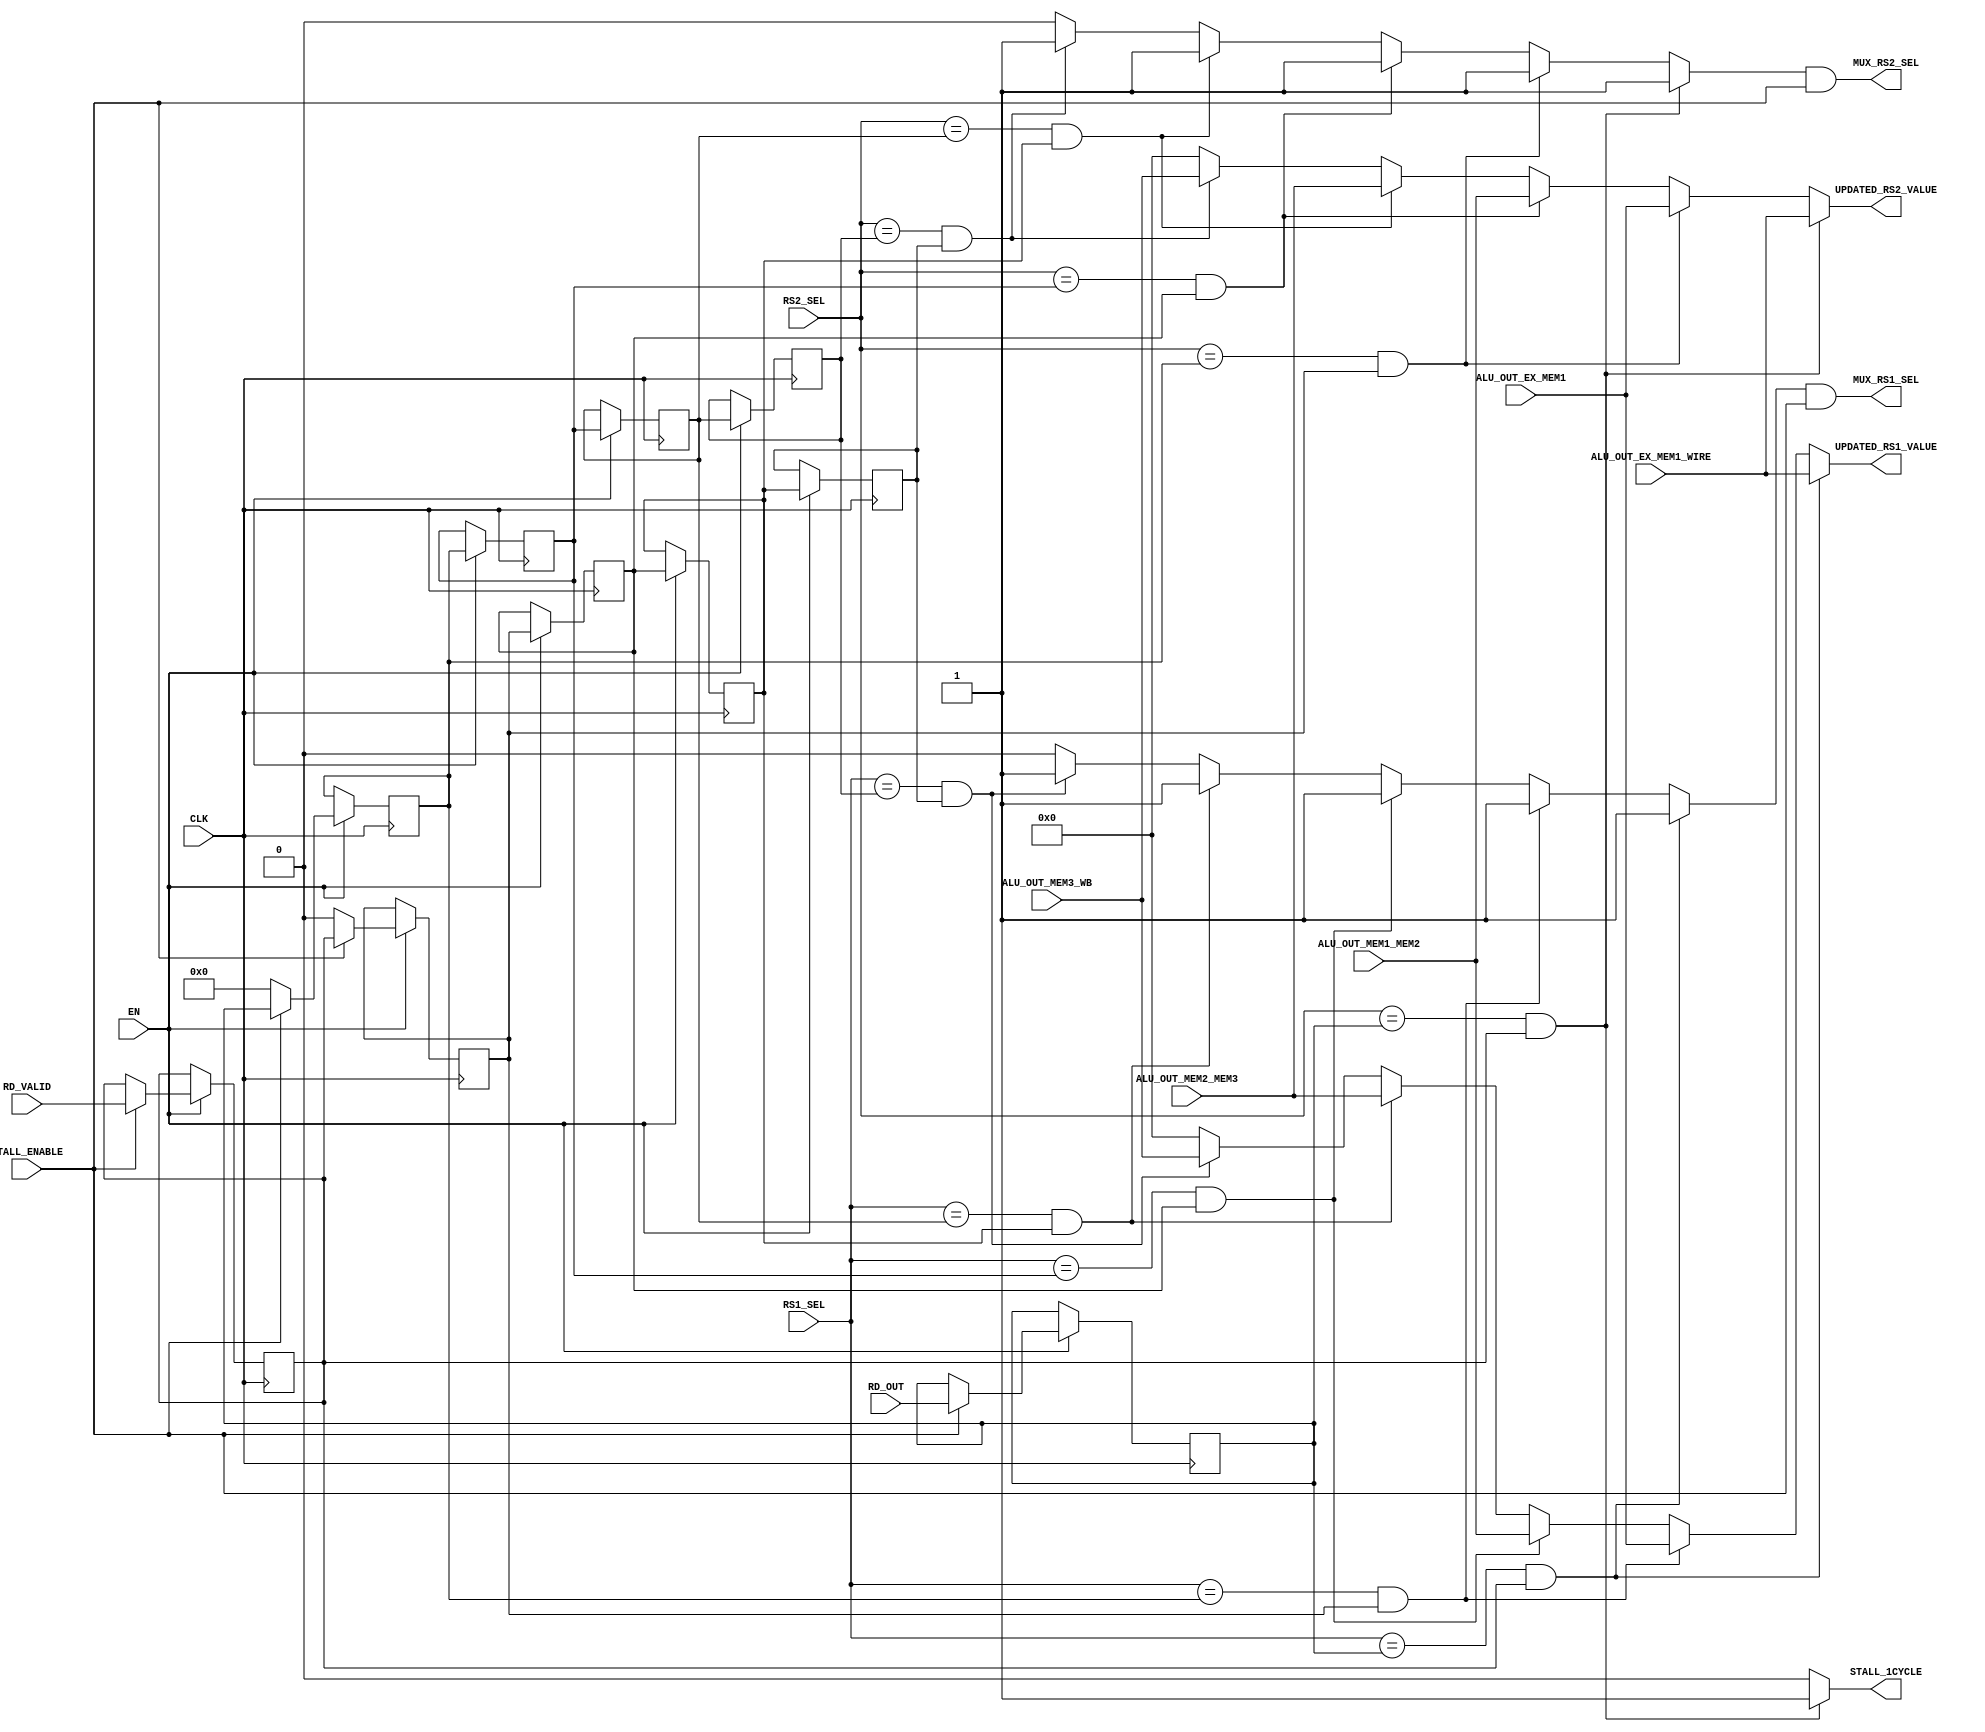
`timescale 1ns / 1ps
//////////////////////////////////////////////////////////////////////////////////
// Company: 
// 
// Design Name: 
// Module Name: FEEDBACK_CONTROLE
// Project Name: 
// Target Devices: 
// Tool Versions: 
// Description: 
// 
// Dependencies: 
// 
// Revision:
// Revision 0.01 - File Created
// Additional Comments:
// 
//////////////////////////////////////////////////////////////////////////////////


module FEEDBACK_CONTROLE(
    input [4:0] RS1_SEL,
    input [4:0] RS2_SEL,
    input   EN,
    input   STALL_ENABLE,
    input RD_VALID,
    input [4:0] RD_OUT,
    input CLK,
    input [31:0] ALU_OUT_EX_MEM1_WIRE,
    input [31:0] ALU_OUT_EX_MEM1,
    input [31:0] ALU_OUT_MEM1_MEM2,
    input [31:0] ALU_OUT_MEM2_MEM3,
    input [31:0] ALU_OUT_MEM3_WB,
    output [31:0]UPDATED_RS1_VALUE,
    output [31:0]UPDATED_RS2_VALUE,
    output MUX_RS1_SEL,
    output MUX_RS2_SEL,
    output STALL_1CYCLE
    );
    
    reg [31:0]UPDATED_RS1_VALUE_L;
    reg [31:0]UPDATED_RS2_VALUE_L;
    reg MUX_RS1_SEL_L; 
    reg MUX_RS2_SEL_L; 
    
    reg [4:0] RD_SHIFTREG [4:0];
    reg       RD_WB_VALID_SHIFTREG [4:0];
    reg       STALL_1CYCLE_L;
    reg FLAG;
    initial
    begin
        MUX_RS1_SEL_L = 1'b0;
        MUX_RS2_SEL_L = 1'b0;
        FLAG = 1'b0;
    end
    always@(posedge CLK)
    begin
      if(EN)
      begin
            if(STALL_ENABLE)
            begin
            
                
                RD_SHIFTREG[0] <= RD_OUT;
                RD_SHIFTREG[1] <= RD_SHIFTREG[0];
                RD_SHIFTREG[2] <= RD_SHIFTREG[1];
                RD_SHIFTREG[3] <= RD_SHIFTREG[2];
                RD_SHIFTREG[4] <= RD_SHIFTREG[3];
                
                RD_WB_VALID_SHIFTREG[0] <= RD_VALID;
                RD_WB_VALID_SHIFTREG[1] <= RD_WB_VALID_SHIFTREG[0];
                RD_WB_VALID_SHIFTREG[2] <= RD_WB_VALID_SHIFTREG[1];
                RD_WB_VALID_SHIFTREG[3] <= RD_WB_VALID_SHIFTREG[2];
                RD_WB_VALID_SHIFTREG[4] <= RD_WB_VALID_SHIFTREG[3];
            end
            else
            begin
            
                
             //   RD_SHIFTREG[0] <= 5'd0;
                RD_SHIFTREG[1] <= 5'd0;//RD_SHIFTREG[0];
                RD_SHIFTREG[2] <= RD_SHIFTREG[1];
                RD_SHIFTREG[3] <= RD_SHIFTREG[2];
                RD_SHIFTREG[4] <= RD_SHIFTREG[3];
                
        //        RD_WB_VALID_SHIFTREG[0] <= 1'b0;
                RD_WB_VALID_SHIFTREG[1] <= 1'b0;//RD_WB_VALID_SHIFTREG[0];
                RD_WB_VALID_SHIFTREG[2] <= RD_WB_VALID_SHIFTREG[1];
                RD_WB_VALID_SHIFTREG[3] <= RD_WB_VALID_SHIFTREG[2];
                RD_WB_VALID_SHIFTREG[4] <= RD_WB_VALID_SHIFTREG[3];
            end
       end
    end
    always@(*)
    begin    
        
//        if(FLAG == 1'b0)
//        begin
            if(RS1_SEL == RD_SHIFTREG[0] && RD_WB_VALID_SHIFTREG[0] == 1'b1)
            begin
                UPDATED_RS1_VALUE_L = ALU_OUT_EX_MEM1_WIRE;
                MUX_RS1_SEL_L = 1'b1;
                STALL_1CYCLE_L = 1'b1;
            end
            else 
            if(RS1_SEL == RD_SHIFTREG[1] && RD_WB_VALID_SHIFTREG[1] == 1'b1)
            begin
                UPDATED_RS1_VALUE_L = ALU_OUT_EX_MEM1;
                MUX_RS1_SEL_L = 1'b1;
                STALL_1CYCLE_L = 1'b0;
            end
            else if(RS1_SEL == RD_SHIFTREG[2] && RD_WB_VALID_SHIFTREG[2] == 1'b1)
            begin
                UPDATED_RS1_VALUE_L = ALU_OUT_MEM1_MEM2;
                MUX_RS1_SEL_L = 1'b1;
                STALL_1CYCLE_L = 1'b0;
            end
            else if(RS1_SEL == RD_SHIFTREG[3] && RD_WB_VALID_SHIFTREG[3] == 1'b1)
            begin
                UPDATED_RS1_VALUE_L = ALU_OUT_MEM2_MEM3;
                MUX_RS1_SEL_L = 1'b1;
                STALL_1CYCLE_L = 1'b0;
            end
            else if(RS1_SEL == RD_SHIFTREG[4] && RD_WB_VALID_SHIFTREG[4] == 1'b1)
            begin
                UPDATED_RS1_VALUE_L = ALU_OUT_MEM3_WB;
                MUX_RS1_SEL_L = 1'b1;
                STALL_1CYCLE_L = 1'b0;
            end
            else
            begin
                UPDATED_RS1_VALUE_L = 32'd0;
                MUX_RS1_SEL_L = 1'b0;
                STALL_1CYCLE_L = 1'b0;
            end
            
          
            if(RS2_SEL == RD_SHIFTREG[0] && RD_WB_VALID_SHIFTREG[0] == 1'b1)
            begin
                UPDATED_RS2_VALUE_L = ALU_OUT_EX_MEM1_WIRE;
                MUX_RS2_SEL_L = 1'b1;
                STALL_1CYCLE_L = 1'b1;
            end
            else 
            if(RS2_SEL == RD_SHIFTREG[1] && RD_WB_VALID_SHIFTREG[1] == 1'b1)
            begin
                UPDATED_RS2_VALUE_L = ALU_OUT_EX_MEM1;
                MUX_RS2_SEL_L = 1'b1;
                STALL_1CYCLE_L = 1'b0;
            end
            else if(RS2_SEL == RD_SHIFTREG[2] && RD_WB_VALID_SHIFTREG[2] == 1'b1)
            begin
                UPDATED_RS2_VALUE_L = ALU_OUT_MEM1_MEM2;
                MUX_RS2_SEL_L = 1'b1;
                STALL_1CYCLE_L = 1'b0;
            end
            else if(RS2_SEL == RD_SHIFTREG[3] && RD_WB_VALID_SHIFTREG[3] == 1'b1)
            begin
                UPDATED_RS2_VALUE_L = ALU_OUT_MEM2_MEM3;
                MUX_RS2_SEL_L = 1'b1;
                STALL_1CYCLE_L = 1'b0;
            end
            else if(RS2_SEL == RD_SHIFTREG[4] && RD_WB_VALID_SHIFTREG[4] == 1'b1)
            begin
                UPDATED_RS2_VALUE_L = ALU_OUT_MEM3_WB;
                MUX_RS2_SEL_L = 1'b1;
                STALL_1CYCLE_L = 1'b0;
            end        
            else
            begin
                UPDATED_RS2_VALUE_L = 32'd0;
                MUX_RS2_SEL_L = 1'b0;
                STALL_1CYCLE_L = 1'b0;
            end
//          end
//          else
//          begin
//                UPDATED_RS2_VALUE_L = 32'd0;
//                MUX_RS2_SEL_L = 1'b0;
                
//                UPDATED_RS1_VALUE_L = 32'd0;
//                MUX_RS1_SEL_L = 1'b0;
//          end
          
          
//        if(RD_IN_PIPELINE)
//        begin
//            MUX_SEL_L <=1'b1;
//            if(RD_OUT == RD_SHIFTREG[0])
//                UPDATED_REG_VALUE_L <= ALU_OUT_EX_MEM1;
//            else if(RD_OUT == RD_SHIFTREG[1])
//                UPDATED_REG_VALUE_L <= ALU_OUT_MEM1_MEM2;
//            else if(RD_OUT == RD_SHIFTREG[2])
//                UPDATED_REG_VALUE_L <= ALU_OUT_MEM2_MEM3;
//            else if(RD_OUT == RD_SHIFTREG[3])
//                UPDATED_REG_VALUE_L <= ALU_OUT_MEM3_WB;
//            else
//                UPDATED_REG_VALUE_L <= 32'd0;
//        end
//        else
//        begin
//            UPDATED_REG_VALUE_L <= 32'd0;
//            MUX_SEL_L <= 1'b0;
//        end
    end
    
    assign UPDATED_RS1_VALUE = UPDATED_RS1_VALUE_L;
    assign UPDATED_RS2_VALUE = UPDATED_RS2_VALUE_L;
    assign MUX_RS1_SEL = MUX_RS1_SEL_L && STALL_ENABLE;
    assign MUX_RS2_SEL = MUX_RS2_SEL_L && STALL_ENABLE;
    assign STALL_1CYCLE = STALL_1CYCLE_L;
endmodule